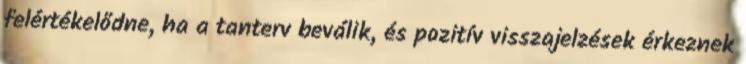
felértékelődne, ha a tanterv beválik, és pozitív visszajelzések érkeznek